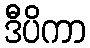
ဒီပိကာ